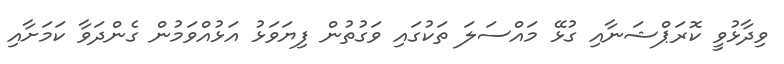
ވިދާޅުވީ ކޮރަޕްޝަނާއި ގުޅޭ މައްސަލަ ތަކުގައި ވަގުތުން ފިޔަވަޅު އަޅުއްވަމުން ގެންދަވާ ކަމަށާއި